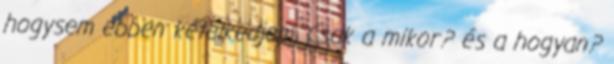
hogysem ebben kételkedjem. Csak a mikor? és a hogyan?